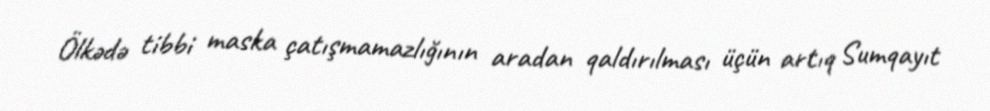
Ölkədə tibbi maska çatışmamazlığının aradan qaldırılması üçün artıq Sumqayıt